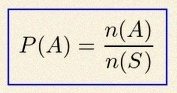
P(A)=\frac{n(A)}{n(S)}